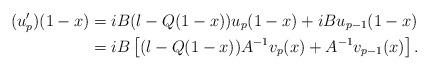
LaTeX: \begin{align*} (u_p')(1-x) &= i B (\l - Q(1-x)) u_p(1-x) + i B u_{p-1}(1-x) \\ &= i B \left[(\l - Q(1-x)) A^{-1} v_p(x) + A^{-1} v_{p-1}(x) \right].\end{align*}